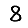
Digit: 8